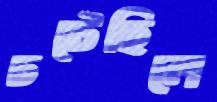
চটেছিলে